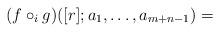
LaTeX: \begin{align*}( f \circ_i g) ([r]; a_1, \ldots, a_{m+n-1}) = \end{align*}